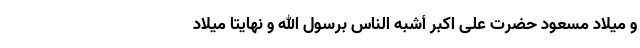
و میلاد مسعود حضرت علی اکبر أشبه الناس برسول الله و نهایتاً میلاد